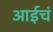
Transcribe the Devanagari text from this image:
आईचं